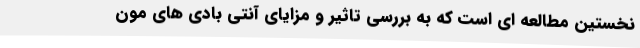
نخستین مطالعه ای است که به بررسی تاثیر و مزایای آنتی بادی های مون